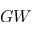
G W